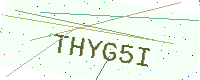
Text: THYG5I